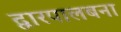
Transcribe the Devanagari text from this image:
द्वारपालबना